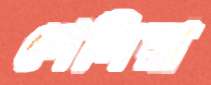
পেলিয়া